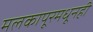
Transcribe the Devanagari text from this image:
मलकापूरमधूनही